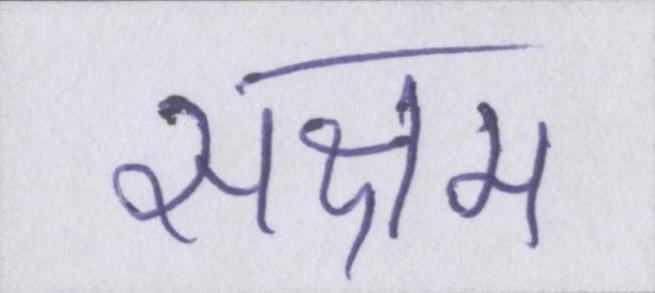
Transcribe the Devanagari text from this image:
सक्षम